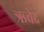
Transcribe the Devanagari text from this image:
ऋवेद